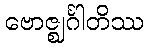
ဗောဇ္ဈင်္ဂါတိဿ